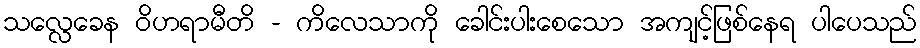
သလ္လေခေန ဝိဟရာမီတိ - ကိလေသာကို ခေါင်းပါးစေသော အကျင့်ဖြစ်နေရ ပါပေသည်